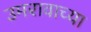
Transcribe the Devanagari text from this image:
उमरावाच्या